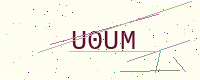
Text: U0UM